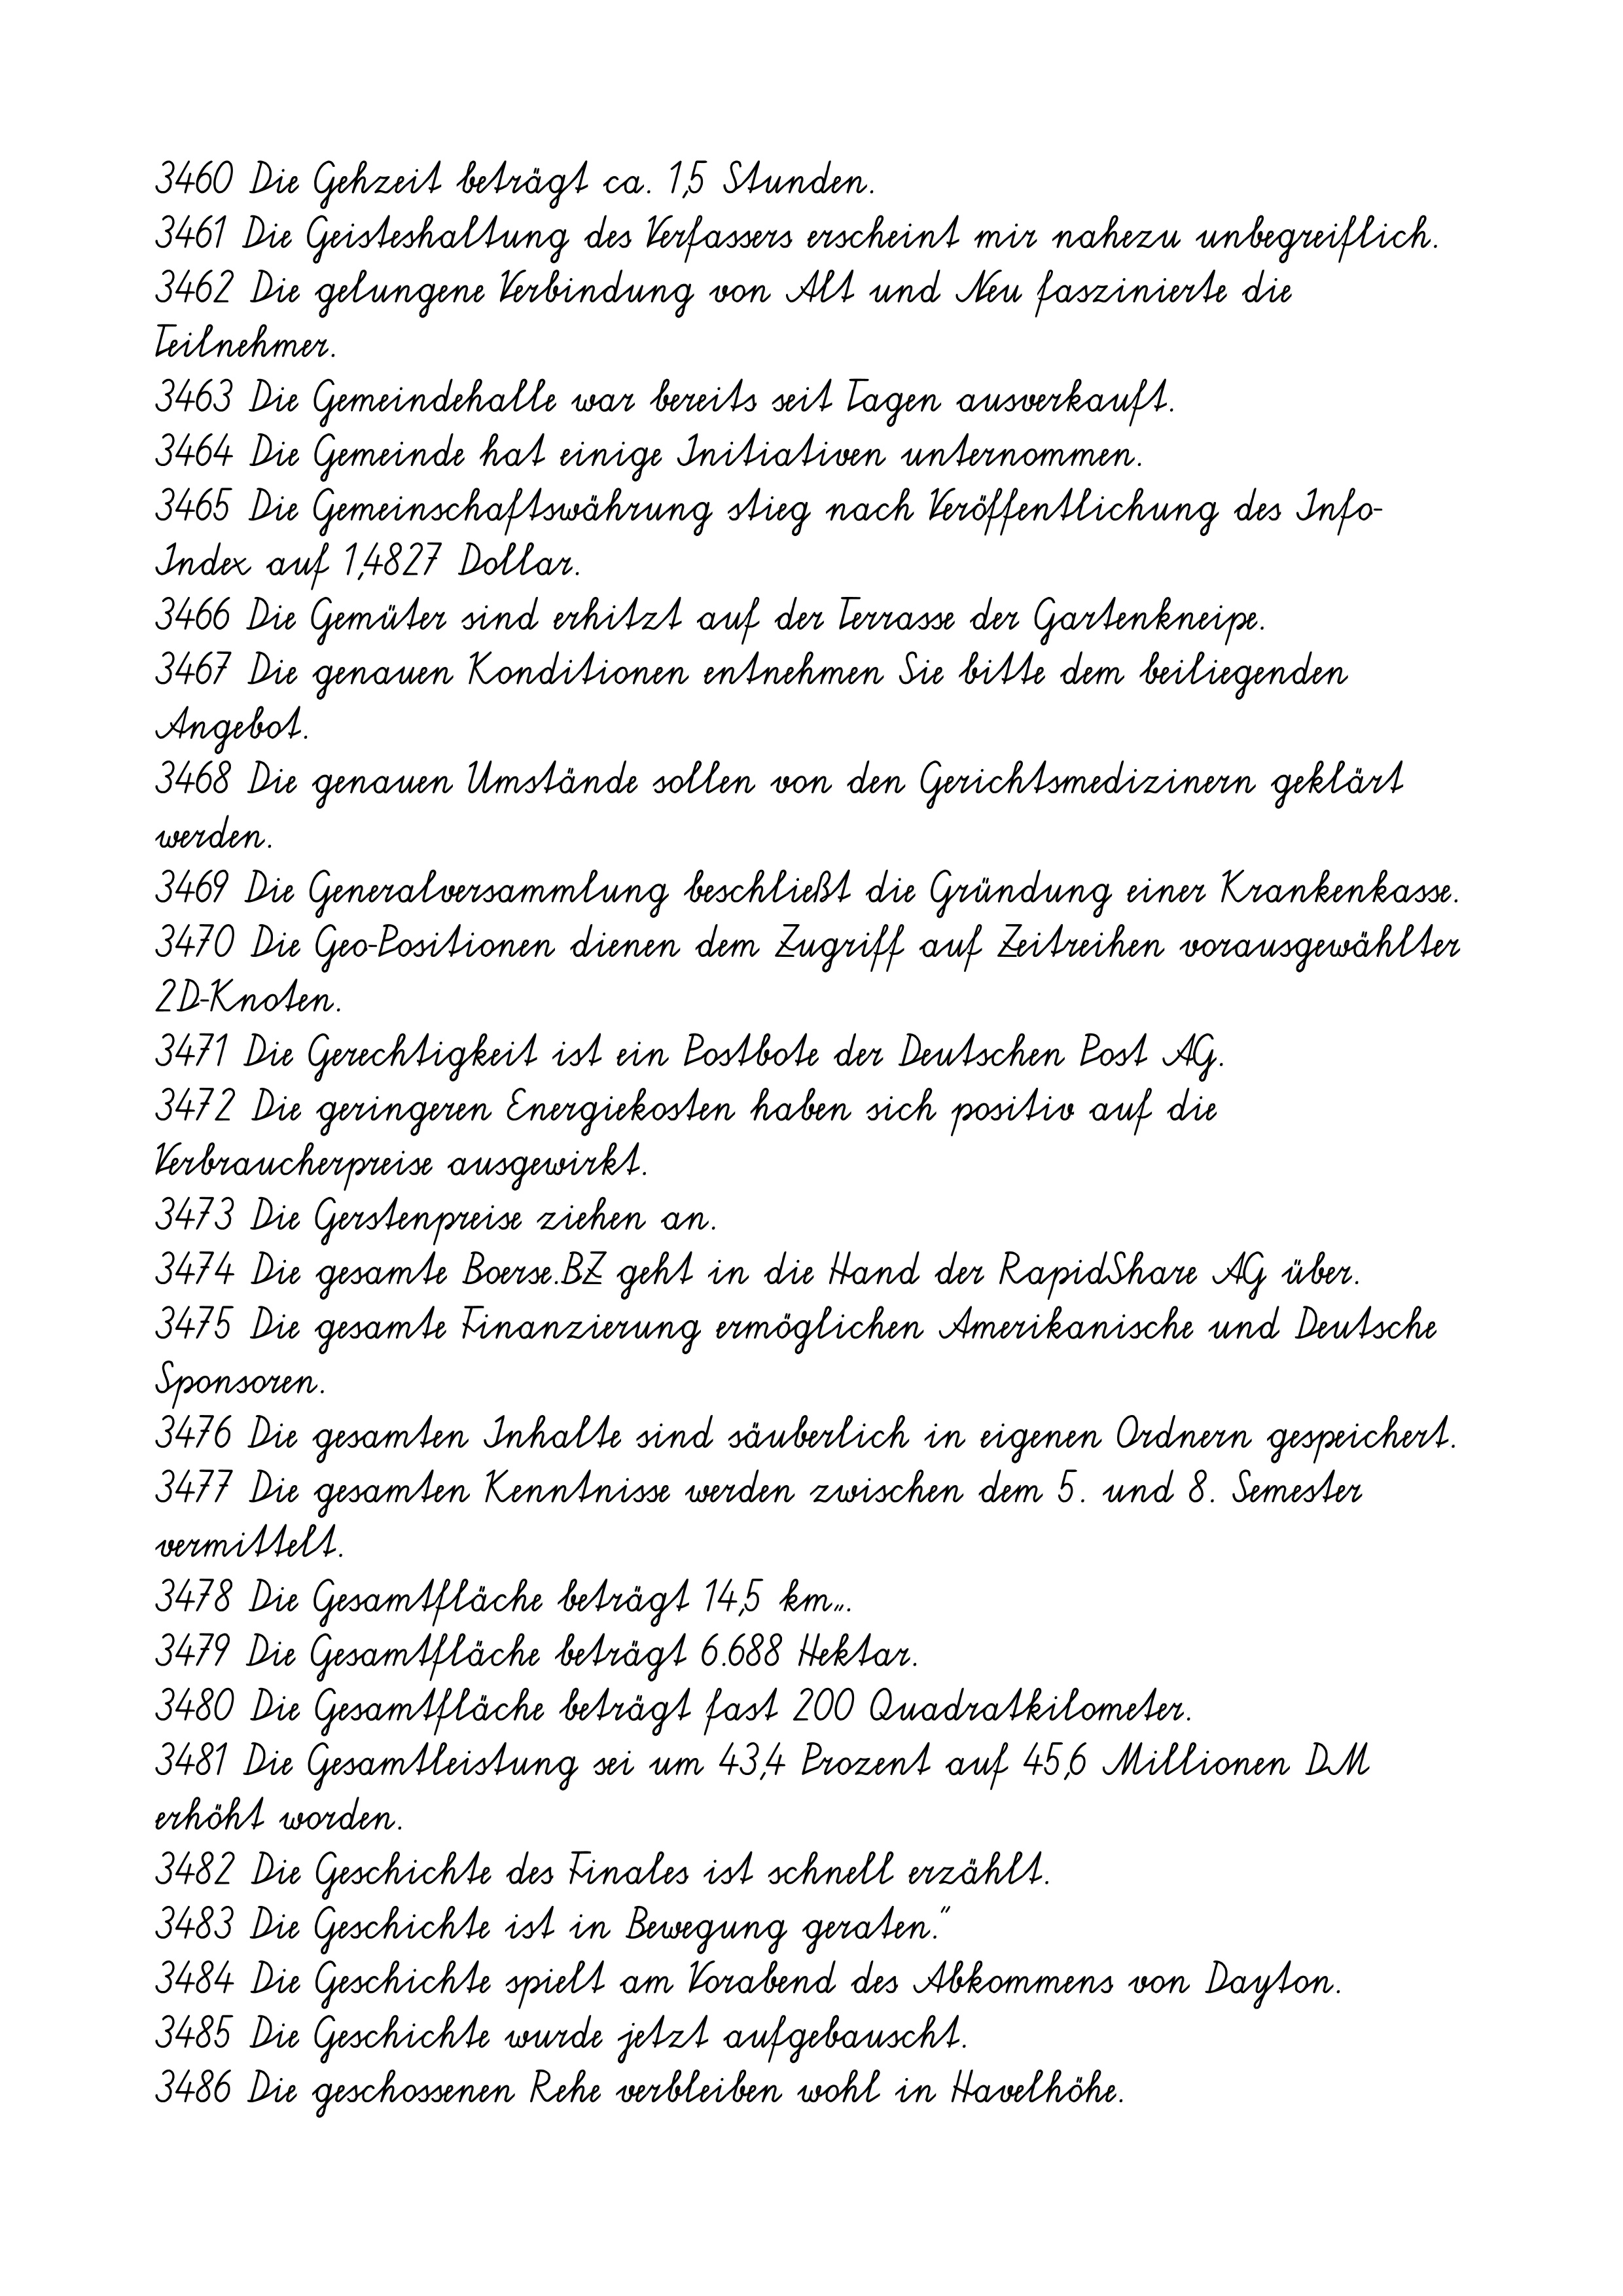
3460 Die Gehzeit beträgt ca. 1,5 Stunden.
3461 Die Geisteshaltung des Verfassers erscheint mir nahezu unbegreiflich.
3462 Die gelungene Verbindung von Alt und Neu faszinierte die
Teilnehmer.
3463 Die Gemeindehalle war bereits seit Tagen ausverkauft.
3464 Die Gemeinde hat einige Initiativen unternommen.
3465 Die Gemeinschaftswährung stieg nach Veröffentlichung des Info-
Index auf 1,4827 Dollar.
3466 Die Gemüter sind erhitzt auf der Terrasse der Gartenkneipe.
3467 Die genauen Konditionen entnehmen Sie bitte dem beiliegenden
Angebot.
3468 Die genauen Umstände sollen von den Gerichtsmedizinern geklärt
werden.
3469 Die Generalversammlung beschließt die Gründung einer Krankenkasse.
3470 Die Geo-Positionen dienen dem Zugriff auf Zeitreihen vorausgewählter
2D-Knoten.
3471 Die Gerechtigkeit ist ein Postbote der Deutschen Post AG.
3472 Die geringeren Energiekosten haben sich positiv auf die
Verbraucherpreise ausgewirkt.
3473 Die Gerstenpreise ziehen an.
3474 Die gesamte Boerse.BZ geht in die Hand der RapidShare AG über.
3475 Die gesamte Finanzierung ermöglichen Amerikanische und Deutsche
Sponsoren.
3476 Die gesamten Inhalte sind säuberlich in eigenen Ordnern gespeichert.
3477 Die gesamten Kenntnisse werden zwischen dem 5. und 8. Semester
vermittelt.
3478 Die Gesamtfläche beträgt 14,5 km².
3479 Die Gesamtfläche beträgt 6.688 Hektar.
3480 Die Gesamtfläche beträgt fast 200 Quadratkilometer.
3481 Die Gesamtleistung sei um 43,4 Prozent auf 45,6 Millionen DM
erhöht worden.
3482 Die Geschichte des Finales ist schnell erzählt.
3483 Die Geschichte ist in Bewegung geraten."
3484 Die Geschichte spielt am Vorabend des Abkommens von Dayton.
3485 Die Geschichte wurde jetzt aufgebauscht.
3486 Die geschossenen Rehe verbleiben wohl in Havelhöhe.